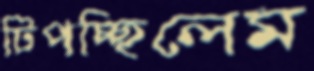
টিপচ্ছিলেম